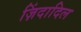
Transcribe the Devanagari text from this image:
ज़िंदादिल